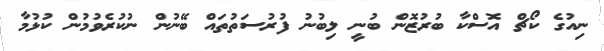
ނިއުގެ ކޯޗް އޮސްކާ ބުރުޒޮން ބުނީ ލިބުނު ފުރުސަތުތައް ބޭނުން ނުކުރެވުމުން ކުޅުމާ